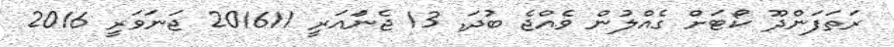
ރަތަފަންދޫ ކޯޓަށް ގެއްލުން ވެއްޖެ ބުދަ